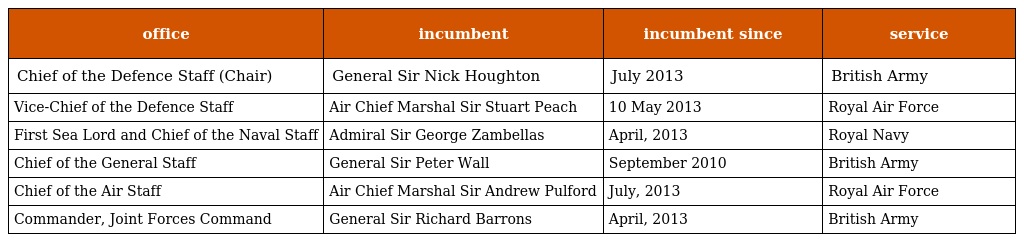
| office | incumbent | incumbent since | service |
 | --- | --- | --- | --- |
 | Chief of the Defence Staff (Chair) | General Sir Nick Houghton | July 2013 | British Army |
 | Vice-Chief of the Defence Staff | Air Chief Marshal Sir Stuart Peach | 10 May 2013 | Royal Air Force |
 | First Sea Lord and Chief of the Naval Staff | Admiral Sir George Zambellas | April, 2013 | Royal Navy |
 | Chief of the General Staff | General Sir Peter Wall | September 2010 | British Army |
 | Chief of the Air Staff | Air Chief Marshal Sir Andrew Pulford | July, 2013 | Royal Air Force |
 | Commander, Joint Forces Command | General Sir Richard Barrons | April, 2013 | British Army |